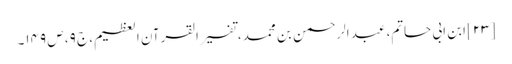
[۲۳] ابن ابی حاتم، عبد الرحمن بن محمد، تفسیر القرآن العظیم، ج ۹، ص ۱۴۹۔